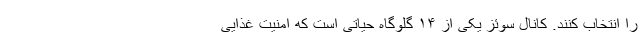
را انتخاب کنند. کانال سوئز یکی از ۱۴ گلوگاه حیاتی است که امنیت غذایی